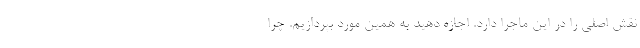
نقش اصلی را در این ماجرا دارد. اجازه دهید به همین مورد بپردازیم. چرا